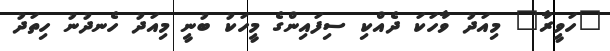
"ހަވީރާ" މިއަދު ވާހަކަ ދެއްކި ސިފައިންގެ މީހަކު ބުނީ މިއަދު ހެނދުނު ހިތަދު